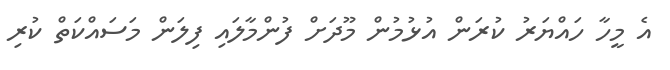
އެ މީހާ ހައްޔަރު ކުރަން އުޅުމުން މޫދަށް ފުންމާލައި ފިލަން މަސައްކަތް ކުރި